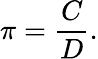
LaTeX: \pi={\frac{C}{D}}.